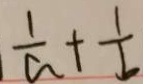
\frac { 1 } { a } + \frac { 1 } { b }